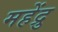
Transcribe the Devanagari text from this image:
महेंद्रु